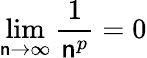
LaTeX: \lim\limits_{\mathsf{n}\rightarrow\infty}\frac{{1}}{{\mathsf{n}^{p}}}=0